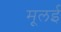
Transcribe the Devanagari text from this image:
मूलई